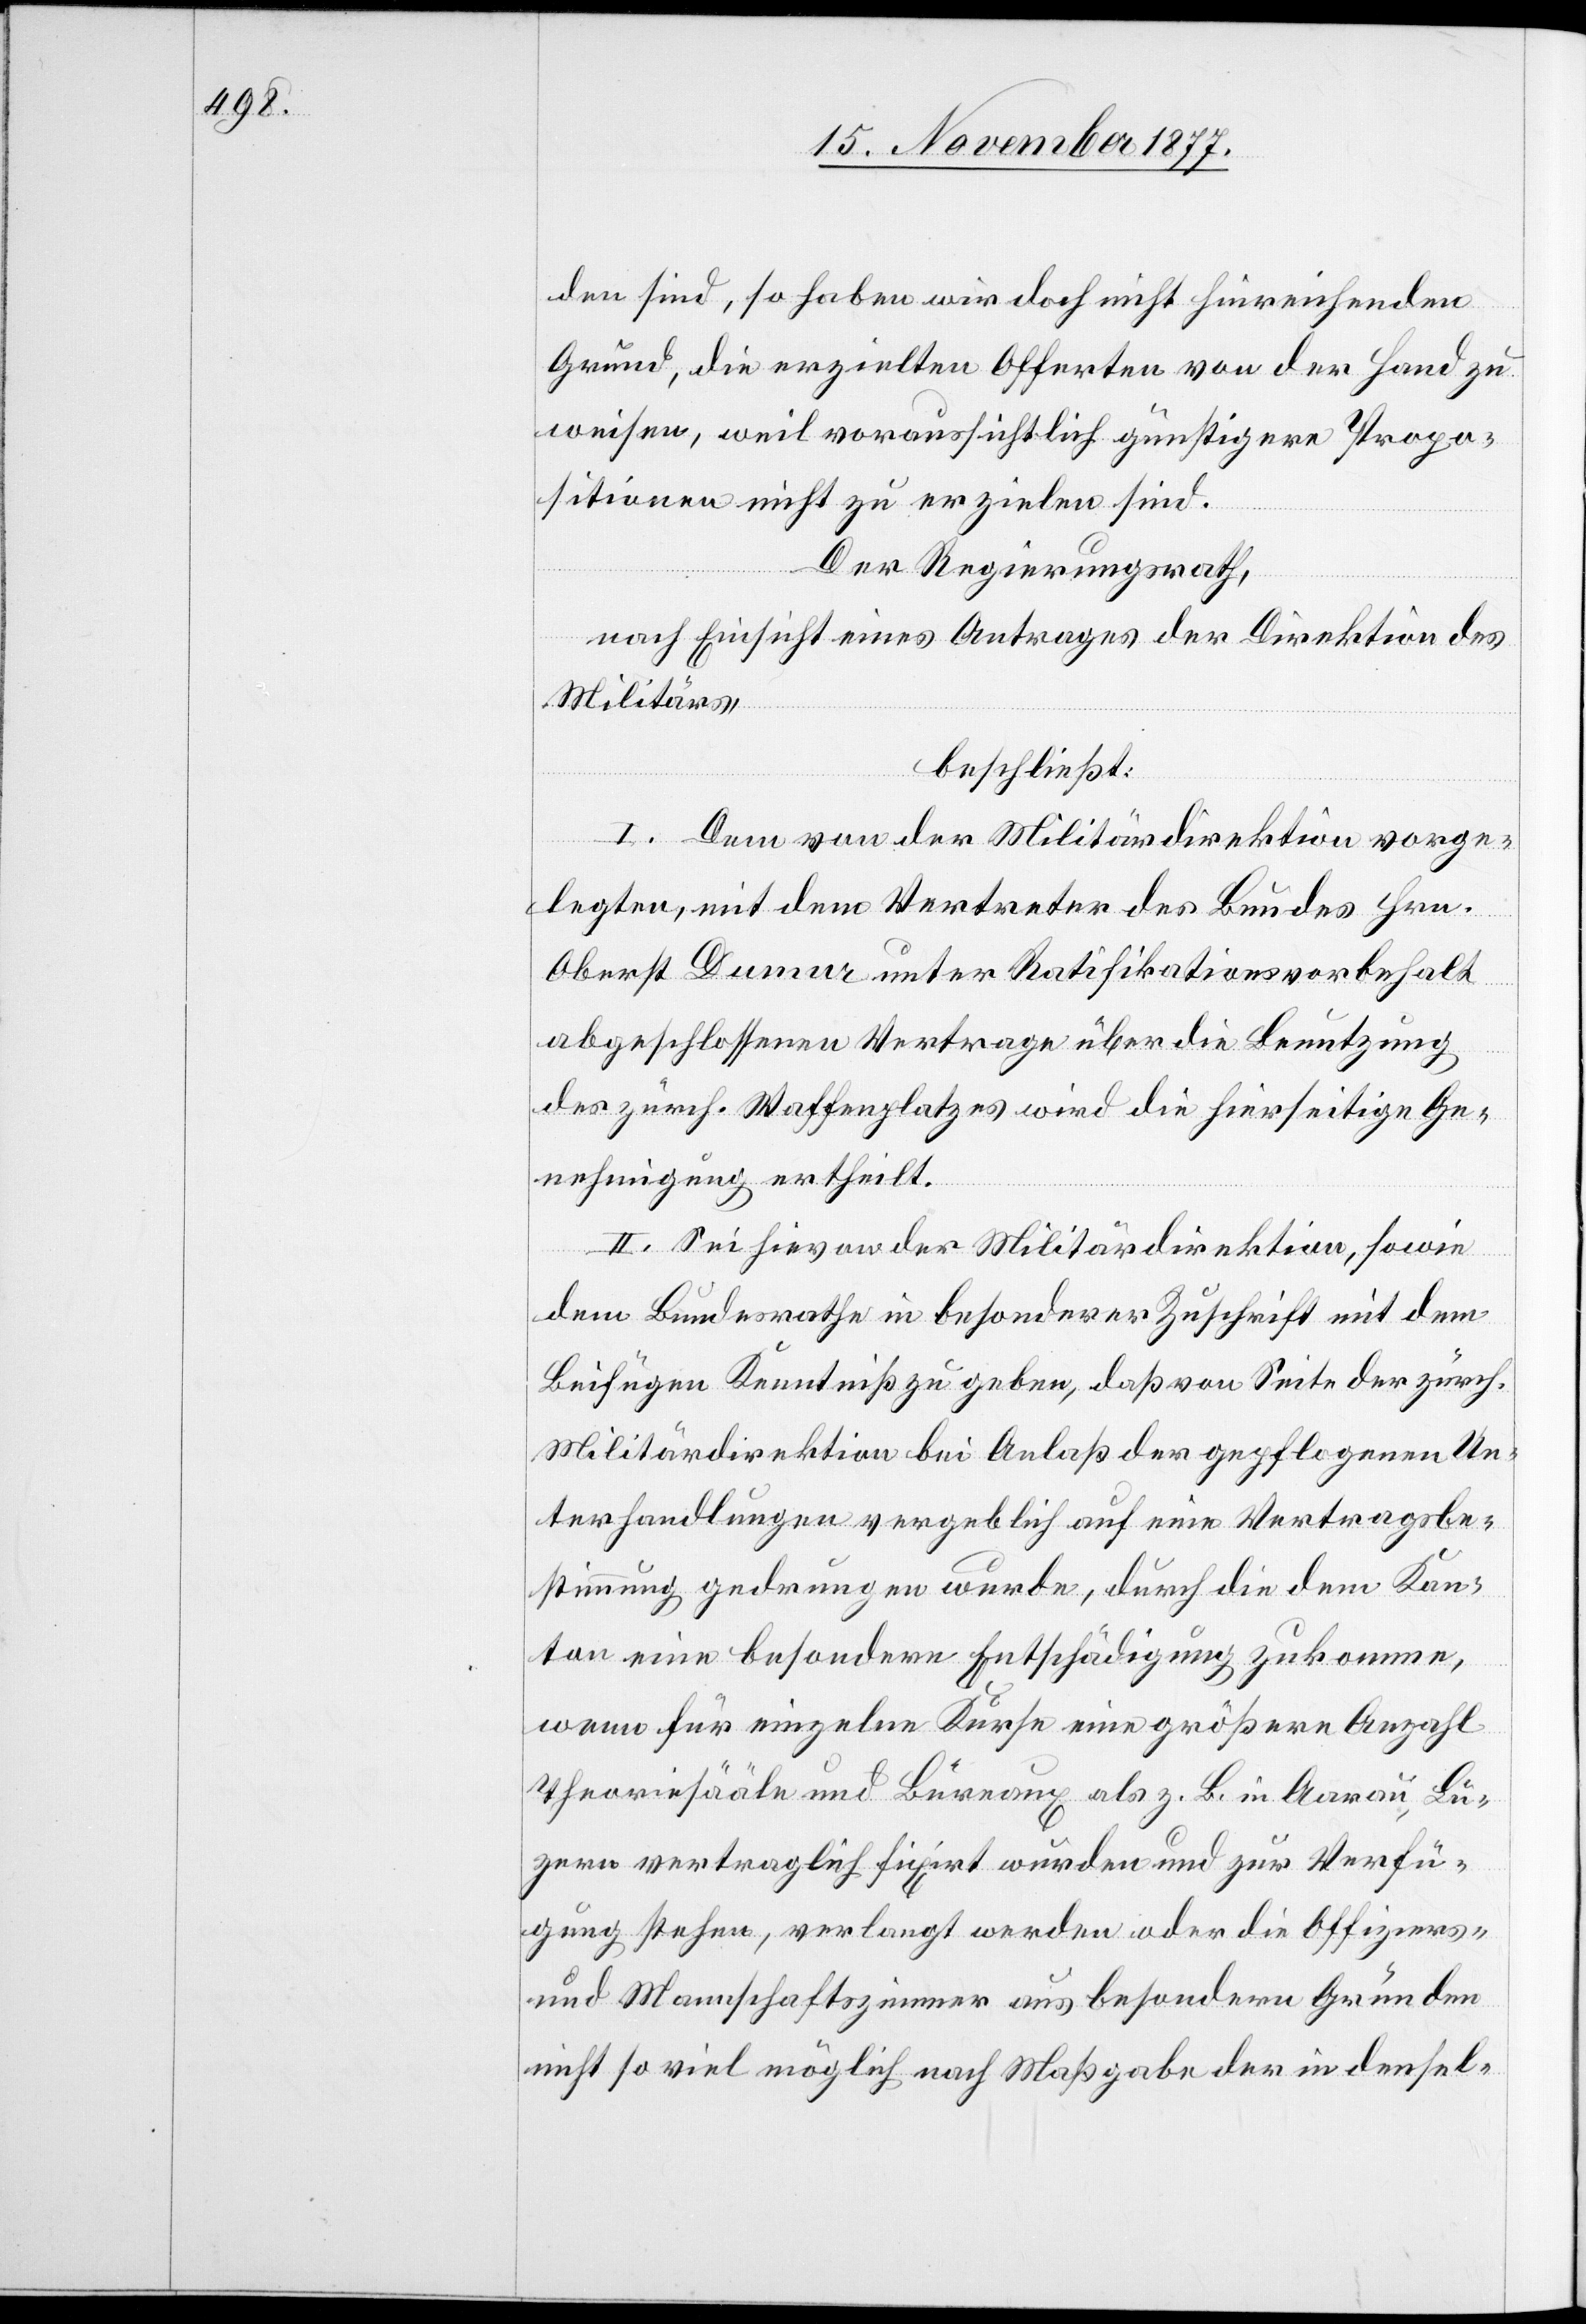
den sind, so haben wir doch nicht hinreichenden
Grund, die erzielten Offerten von der Hand zu
weisen, weil voraussichtlich günstigere Propo¬
sitionen nicht zu erzielen sind.
Der Regierungsrath,
nach Einsicht eines Antrages der Direktion des
Militärs,
beschließt:
I. Dem von der Militärdirektion vorge¬
legten, mit dem Vertreter des Bundes Hrn.
Oberst Dumur unter Ratifikationsvorbehalt
abgeschlossenen Vertrage über die Benutzung
des zürch. Waffenplatzes wird die hierseitige Ge¬
nehmigung ertheilt.
II. Sei hievon der Militärdirektion, sowie
dem Bundesrathe in besonderer Zuschrift mit dem
Beifügen Kenntniß zu geben, daß von Seite der zürch.
Militärdirektion bei Anlaß der gepflogenen Un¬
terhandlungen vergeblich auf eine Vertragsbe¬
stimmung gedrungen wurde, durch die dem Kan¬
ton eine besondere Entschädigung zukomme,
wenn für einzelne Kurse eine größere Anzahl
Theoriesääle und Bureaux als z. B. in Aarau, Lu¬
zern vertraglich fixirt wurden und zur Verfü¬
gung stehen, verlangt werden oder die Offiziers-
und Mannschaftszimmer aus besondern Gründen
nicht so viel möglich nach Maßgabe der in densel-